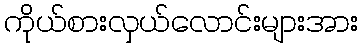
ကိုယ်စားလှယ်လောင်းများအား